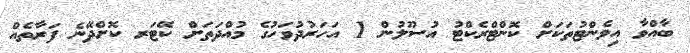
ބާއްވާ އިވެންޓުތަކަށް ކޮންޓްރެކްޓު އުސޫލުން 1 އަހަރުދުވަހުގެ މުއްދަތަށް ކޭޓަރ ކޮށްދޭނެ ފަރާތެއް